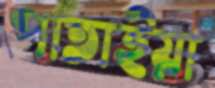
পাতাইয়া